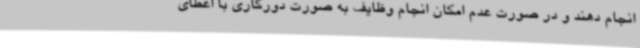
انجام دهند و در صورت عدم امکان انجام وظایف به صورت دورکاری با اعطای